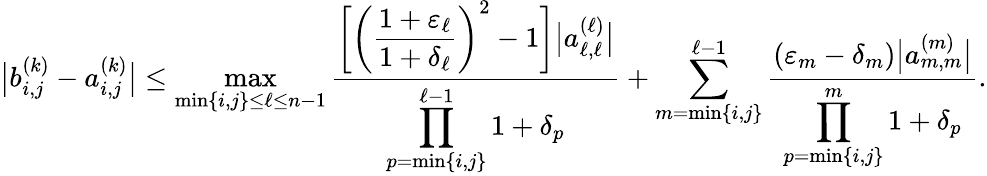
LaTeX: \big|b_{i,j}^{(k)}-a_{i,j}^{(k)}\big|\le\operatorname*{max}_{\operatorname*{min}\{ i,j\} \le\ell\le n-1}\frac{\displaystyle{\bigg[\bigg(\frac{1+\varepsilon_{\ell}}{1+\delta_{\ell}}\bigg)^{2}-1\bigg]\big|a_{\ell,\ell}^{(\ell)}\big|}}{\displaystyle{\prod_{p=\operatorname*{min}\{ i,j\} }^{\ell-1}1+\delta_{p}}}+\sum_{m=\operatorname*{min}\{ i,j\} }^{\ell-1}\frac{\displaystyle{(\varepsilon_{m}-\delta_{m})\big|a_{m,m}^{(m)}\big|}}{\displaystyle{\prod_{p=\operatorname*{min}\{ i,j\} }^{m}1+\delta_{p}}}.